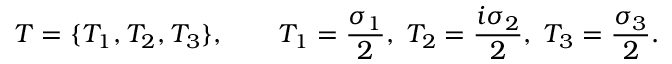
T = \{ T _ { 1 } , T _ { 2 } , T _ { 3 } \} , \qquad T _ { 1 } = { \frac { \sigma _ { 1 } } { 2 } } , \; T _ { 2 } = { \frac { i \sigma _ { 2 } } { 2 } } , \; T _ { 3 } = { \frac { \sigma _ { 3 } } { 2 } } .